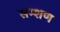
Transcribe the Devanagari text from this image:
सम्शण